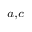
^ { a , c }